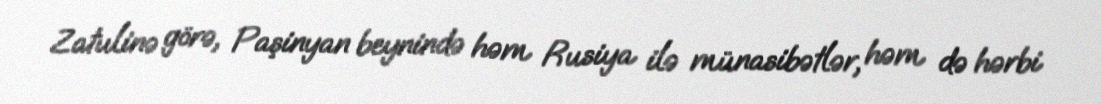
Zatulinə görə, Paşinyan beynində həm Rusiya ilə münasibətlər, həm də hərbi